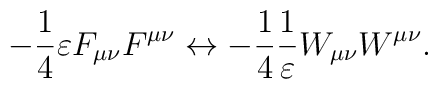
-\frac{1}{4} \varepsilon F_{\mu\nu} F^{\mu\nu} \leftrightarrow -\frac{1}{4} \frac{1}{\varepsilon}W_{\mu\nu}W^{\mu\nu} .